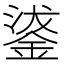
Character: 𮢗